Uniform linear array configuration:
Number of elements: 4
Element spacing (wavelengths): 0.25
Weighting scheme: uniform
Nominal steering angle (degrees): -60
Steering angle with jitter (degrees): -61.455
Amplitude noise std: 0.05
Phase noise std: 0.05

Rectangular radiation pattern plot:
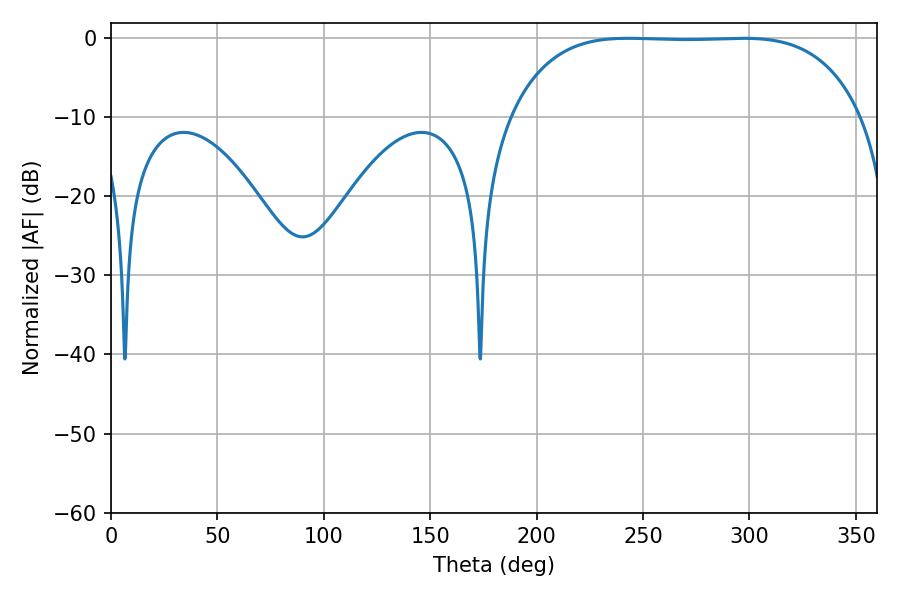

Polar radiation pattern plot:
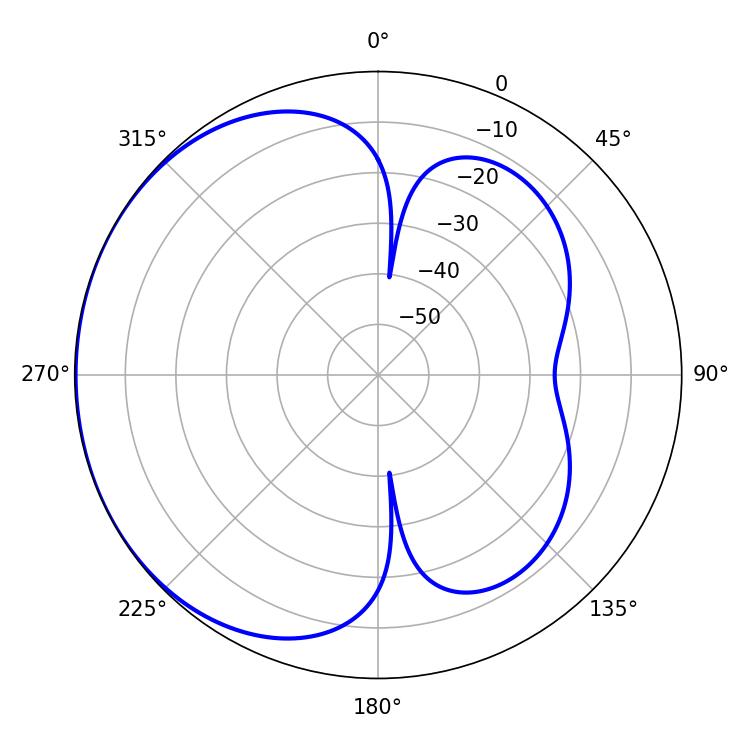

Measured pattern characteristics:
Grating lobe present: FALSE
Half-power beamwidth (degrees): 128.16
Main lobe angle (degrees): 243